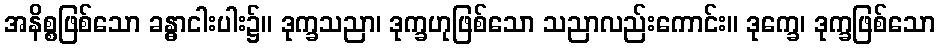
အနိစ္စဖြစ်သော ခန္ဓာငါးပါး၌။ ဒုက္ခသညာ၊ ဒုက္ခဟုဖြစ်သော သညာလည်းကောင်း။ ဒုက္ခေ၊ ဒုက္ခဖြစ်သော